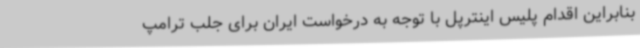
بنابراین اقدام پلیس اینترپل با توجه به درخواست ایران برای جلب ترامپ